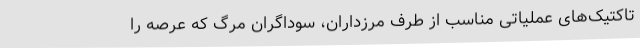
تاکتیک‌های عملیاتی مناسب از طرف مرزداران، سوداگران مرگ که عرصه را